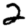
Digit: 2